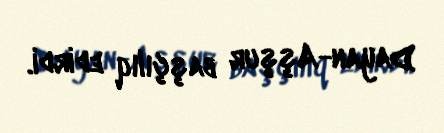
Dayan-Aşşur başçılıq edirdi.